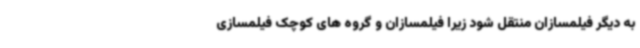
به دیگر فیلمسازان منتقل شود زیرا فیلمسازان و گروه های کوچک فیلمسازی